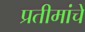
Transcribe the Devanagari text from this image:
प्रतीमांचे